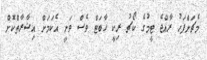
މެޗަށްފަހު ރާއްޖެ ޓީމުގެ ކޯޗު ރިކީ ހާބަޓް ވެސް ވަނީ އެކަމަށް އިޝާރާތްކޮށް